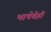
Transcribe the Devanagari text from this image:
भाषेचेही